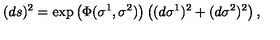
( d s ) ^ { 2 } = \exp \left( \Phi ( \sigma ^ { 1 } , \sigma ^ { 2 } ) \right) \left( ( d \sigma ^ { 1 } ) ^ { 2 } + ( d \sigma ^ { 2 } ) ^ { 2 } \right) ,